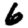
Digit: 6